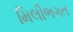
મિલીભગત